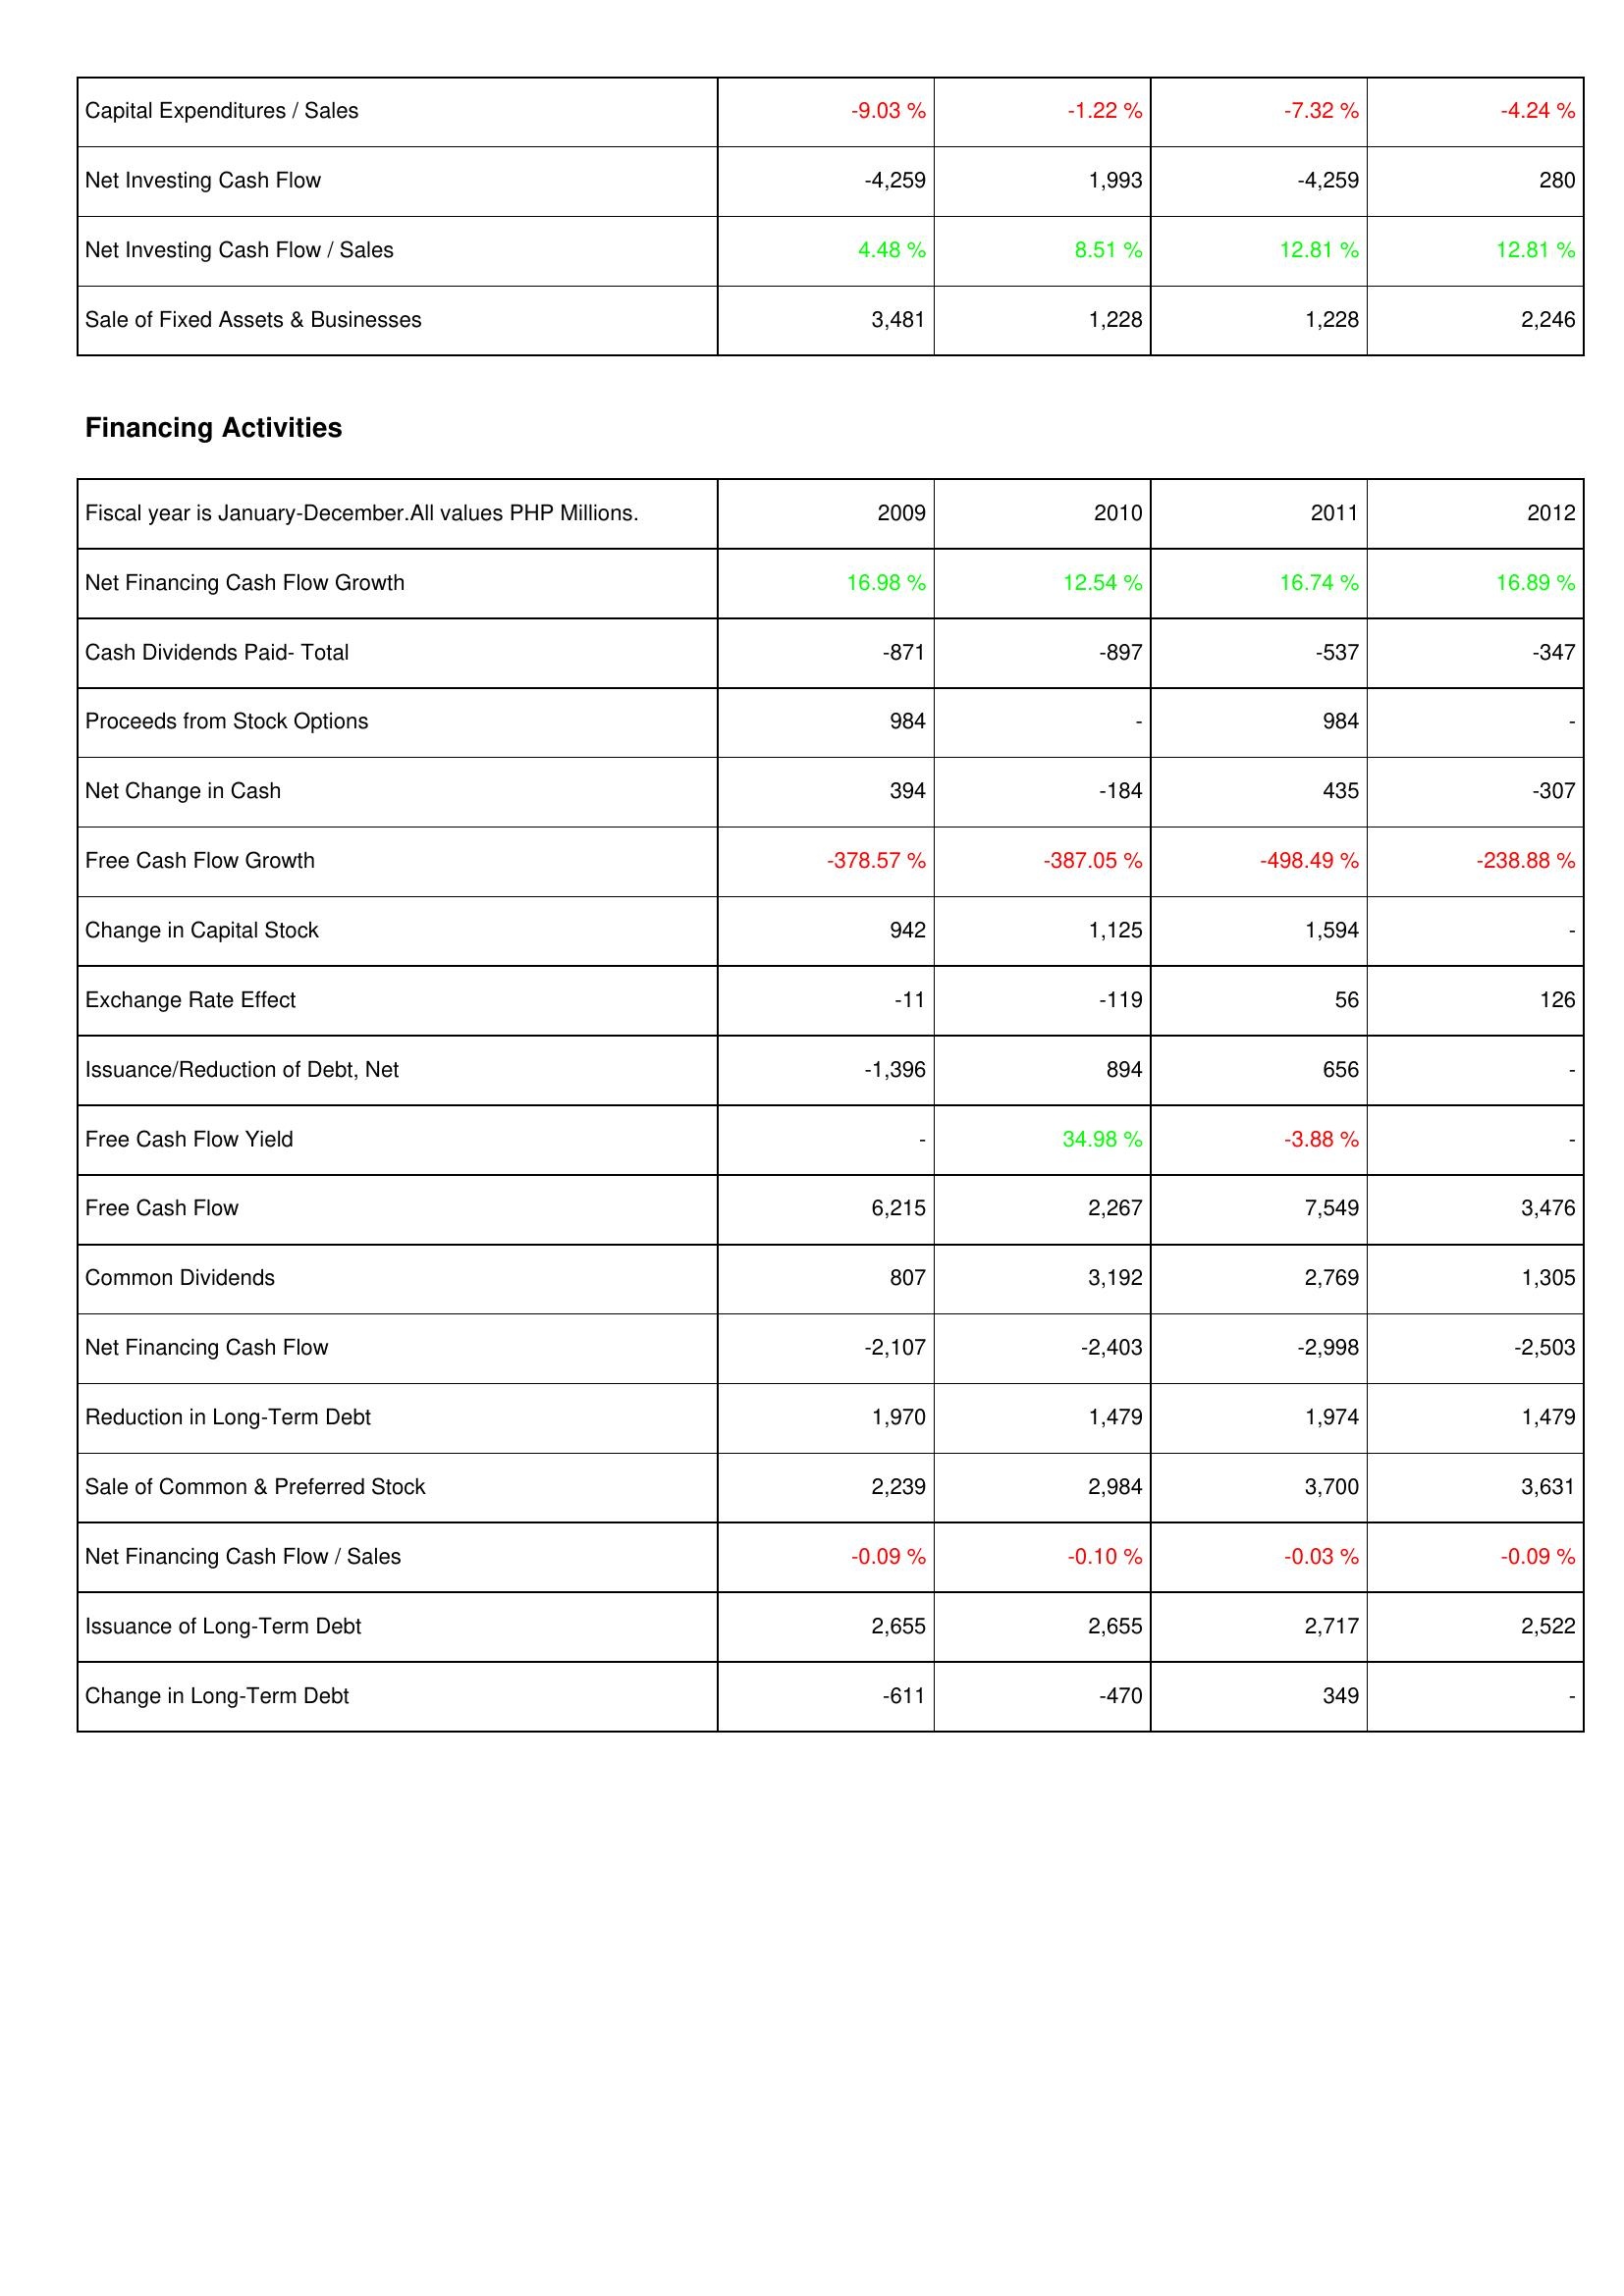
2009: Investing Activities: Capital Expenditures / Sales: -9.03 %
Net Investing Cash Flow: -4,259
Net Investing Cash Flow / Sales: 4.48 %
Sale of Fixed Assets & Businesses: 3,481
Financing Activities: Net Financing Cash Flow Growth: 16.98 %
Cash Dividends Paid- Total: -871
Proceeds from Stock Options: 984
Net Change in Cash: 394
Free Cash Flow Growth: -378.57 %
Change in Capital Stock: 942
Exchange Rate Effect: -11
Issuance/Reduction of Debt, Net: -1,396
Free Cash Flow Yield: -
Free Cash Flow: 6,215
Common Dividends: 807
Net Financing Cash Flow: -2,107
Reduction in Long-Term Debt: 1,970
Sale of Common & Preferred Stock: 2,239
Net Financing Cash Flow / Sales: -0.09 %
Issuance of Long-Term Debt: 2,655
Change in Long-Term Debt: -611
2010: Investing Activities: Capital Expenditures / Sales: -1.22 %
Net Investing Cash Flow: 1,993
Net Investing Cash Flow / Sales: 8.51 %
Sale of Fixed Assets & Businesses: 1,228
Financing Activities: Net Financing Cash Flow Growth: 12.54 %
Cash Dividends Paid- Total: -897
Proceeds from Stock Options: -
Net Change in Cash: -184
Free Cash Flow Growth: -387.05 %
Change in Capital Stock: 1,125
Exchange Rate Effect: -119
Issuance/Reduction of Debt, Net: 894
Free Cash Flow Yield: 34.98 %
Free Cash Flow: 2,267
Common Dividends: 3,192
Net Financing Cash Flow: -2,403
Reduction in Long-Term Debt: 1,479
Sale of Common & Preferred Stock: 2,984
Net Financing Cash Flow / Sales: -0.10 %
Issuance of Long-Term Debt: 2,655
Change in Long-Term Debt: -470
2011: Investing Activities: Capital Expenditures / Sales: -7.32 %
Net Investing Cash Flow: -4,259
Net Investing Cash Flow / Sales: 12.81 %
Sale of Fixed Assets & Businesses: 1,228
Financing Activities: Net Financing Cash Flow Growth: 16.74 %
Cash Dividends Paid- Total: -537
Proceeds from Stock Options: 984
Net Change in Cash: 435
Free Cash Flow Growth: -498.49 %
Change in Capital Stock: 1,594
Exchange Rate Effect: 56
Issuance/Reduction of Debt, Net: 656
Free Cash Flow Yield: -3.88 %
Free Cash Flow: 7,549
Common Dividends: 2,769
Net Financing Cash Flow: -2,998
Reduction in Long-Term Debt: 1,974
Sale of Common & Preferred Stock: 3,700
Net Financing Cash Flow / Sales: -0.03 %
Issuance of Long-Term Debt: 2,717
Change in Long-Term Debt: 349
2012: Investing Activities: Capital Expenditures / Sales: -4.24 %
Net Investing Cash Flow: 280
Net Investing Cash Flow / Sales: 12.81 %
Sale of Fixed Assets & Businesses: 2,246
Financing Activities: Net Financing Cash Flow Growth: 16.89 %
Cash Dividends Paid- Total: -347
Proceeds from Stock Options: -
Net Change in Cash: -307
Free Cash Flow Growth: -238.88 %
Change in Capital Stock: -
Exchange Rate Effect: 126
Issuance/Reduction of Debt, Net: -
Free Cash Flow Yield: -
Free Cash Flow: 3,476
Common Dividends: 1,305
Net Financing Cash Flow: -2,503
Reduction in Long-Term Debt: 1,479
Sale of Common & Preferred Stock: 3,631
Net Financing Cash Flow / Sales: -0.09 %
Issuance of Long-Term Debt: 2,522
Change in Long-Term Debt: -